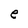
Character: e